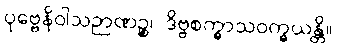
ပုဗ္ဗေနိဝါသဉာဏဉ္စ၊ ဒိဗ္ဗစက္ခာသဝက္ခယန္တိ။